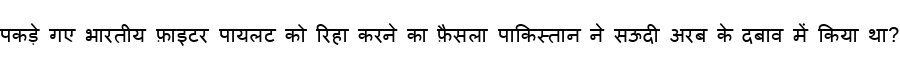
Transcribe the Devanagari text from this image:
पकड़े गए भारतीय फ़ाइटर पायलट को रिहा करने का फ़ैसला पाकिस्तान ने सऊदी अरब के दबाव में किया था?